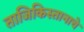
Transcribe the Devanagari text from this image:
ताजिकिस्तानाचे